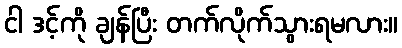
ငါ ဒင့်ကို ချန်ပြီး တက်လိုက်သွားရမလား။